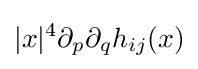
|x|^{4}\partial _{p}\partial _{q}h_{ij}(x)